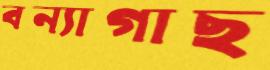
বন্যাগাছ